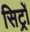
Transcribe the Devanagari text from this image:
सिट्रों